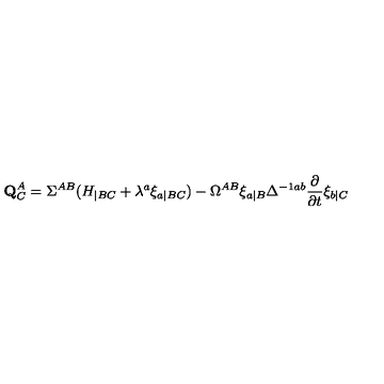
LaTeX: { \bf Q } _ { C } ^ { A } = \Sigma ^ { A B } ( H _ { | B C } + \lambda ^ { a } \xi _ { a | B C } ) - \Omega ^ { A B } \xi _ { a | B } \Delta ^ { - 1 a b } { \frac { \partial } { \partial t } } \xi _ { b | C }